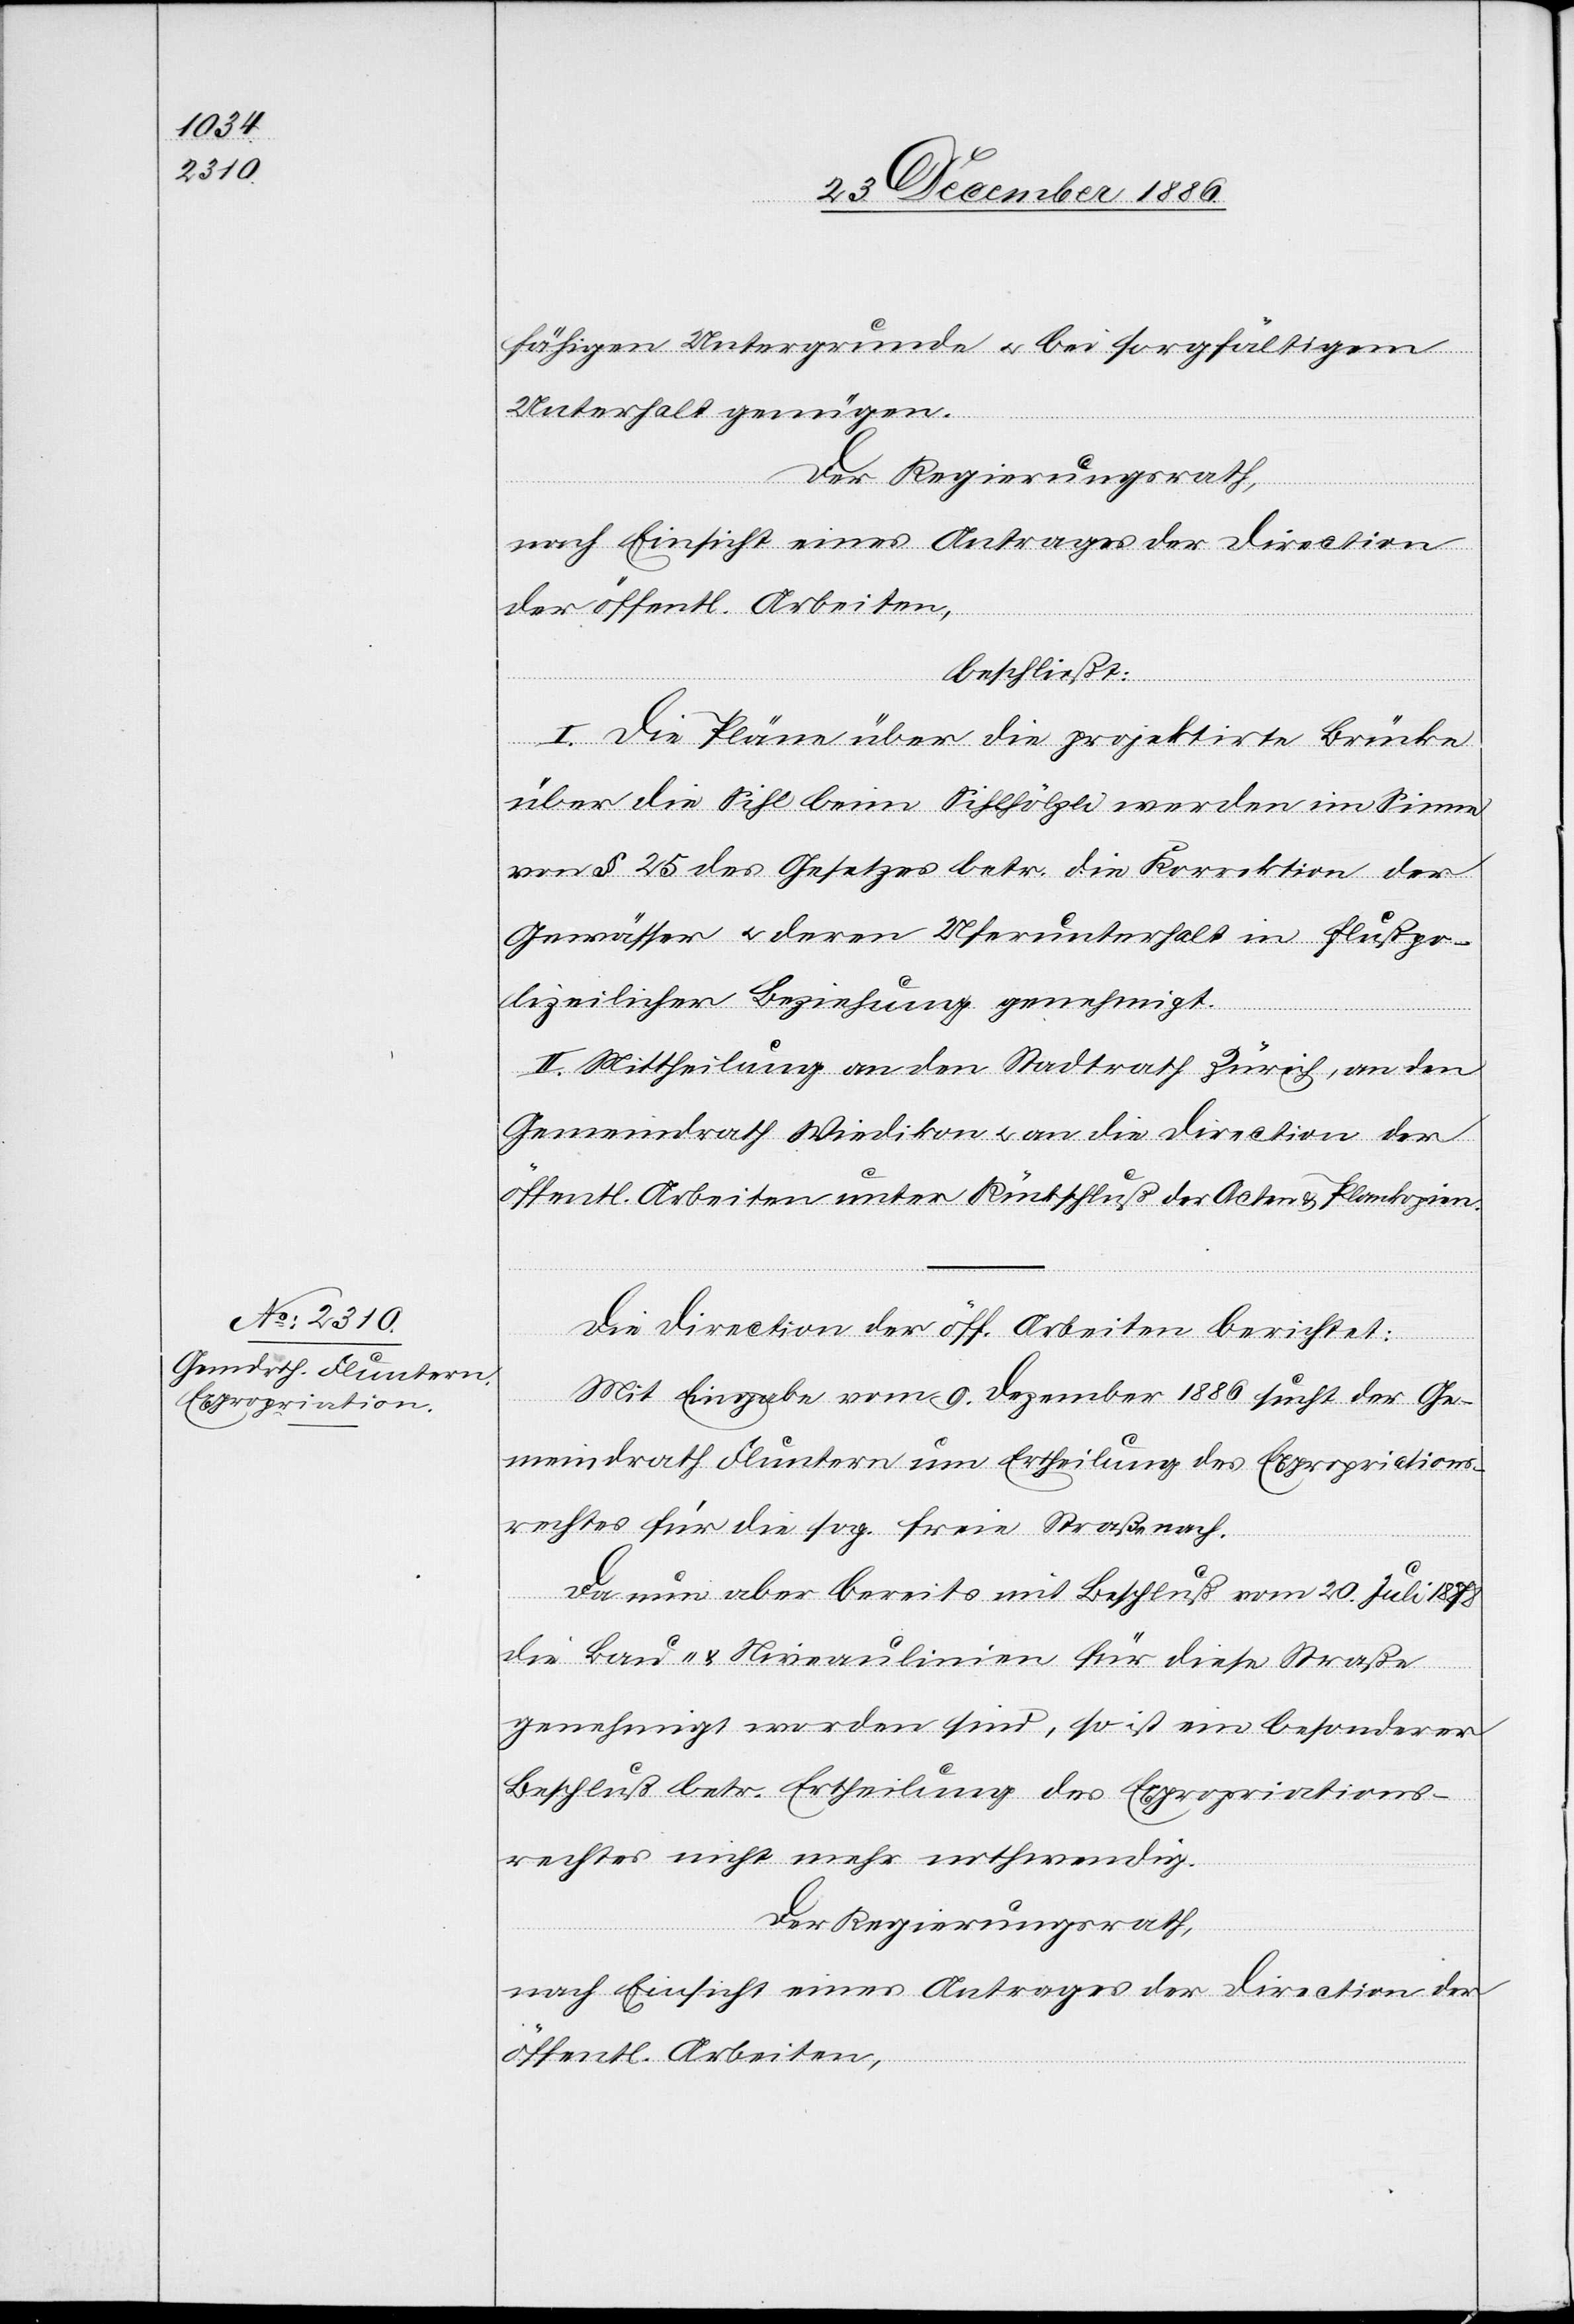
fähigen Untergrunde & bei sorgfältigem
Unterhalt genügen.
Der Regierungsrath,
nach Einsicht eines Antrages der Direction
der öffentl. Arbeiten,
beschließt:
I. Die Pläne über die projektirte Brücke
über die Sihl beim Sihlhölzli werden im Sinne
von § 25 des Gesetzes betr. die Korrektion der
Gewässer & deren Uferunterhalt in flußpo¬
lizeilicher Beziehung genehmigt.
II. Mittheilung an den Stadtrath Zürich, an den
Gemeindrath Wiedikon & an die Direction der
öffentl. Arbeiten unter Rückschluß der Acten & Plankopien.
Die Direction der öff. Arbeiten berichtet:
Mit Eingabe vom 9. Dezember 1886 sucht der Ge¬
meindrath Fluntern um Ertheilung des Expropriations¬
rechtes für die sog. freie Straße nach.
Da nun aber bereits mit Schluß vom 20. Juli 1878
die Land- & Niveaulinien für diese Straße
genehmigt worden sind, so ist ein besonderer
Beschluß betr. Ertheilung des Expropriations¬
rechtes nicht mehr nothwendig.
Der Regierungsrath,
nach Einsicht eines Antrages der Direction der
öffentl. Arbeiten,